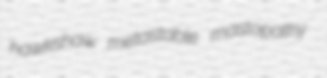
hawkshaw metastable mastopathy